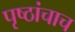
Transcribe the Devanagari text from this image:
पृष्ठांचाच